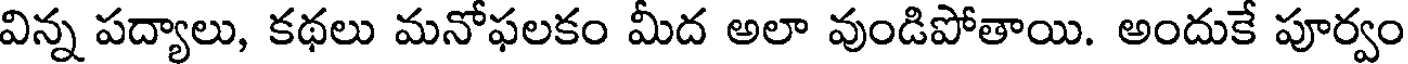
విన్న పద్యాలు, కథలు మనోఫలకం మీద అలా వుండిపోతాయి. అందుకే పూర్వం